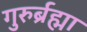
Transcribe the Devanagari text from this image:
गुरुर्ब्रह्मा